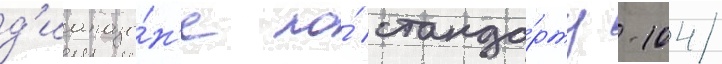
д'иапазо́н'е по́ станда́рту -104